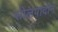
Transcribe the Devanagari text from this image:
सोलपादीन